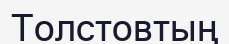
Толстовтың